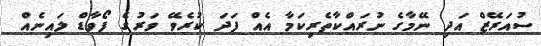
ސުއަރޭޒް އަދި ނޭމާގެ ނުރައްކާތެރިކަމާ އެއް ފަދަ ކުރެވޭ ވަރުގެ ފޯވާޑް ލައިނެއް